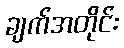
ချက်အတိုင်း